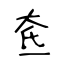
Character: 奃